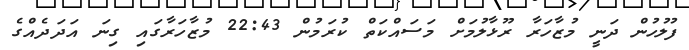
ފުލުހުން ދަނީ މުޒާހަރާ ރޫޅާލުމަށް މަސައްކަތް ކުރަމުން 22:43 މުޒާހަރާގައި ގިނަ އަދަދެއްގެ